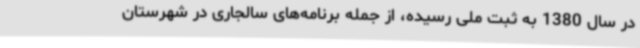
در سال 1380 به ثبت ملی رسیده، از جمله برنامه‌های سالجاری در شهرستان